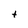
Character: t